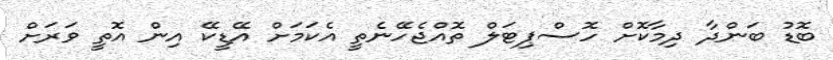
ބޮޑު ބަންދާ ދިމާކޮށް ހޮސްޕިޓަލް ތޮއްޖެހޭނެތީ އެކަމަށް އޭޑީކޭ އިން އޮތީ ވަރަށް